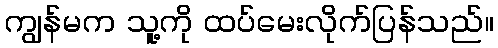
ကျွန်မက သူ့ကို ထပ်မေးလိုက်ပြန်သည်။